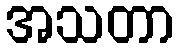
အသတာ